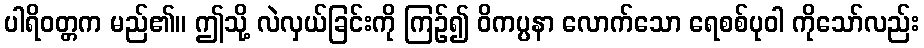
ပါရိဝတ္တက မည်၏။ ဤသို့ လဲလှယ်ခြင်းကို ကြဉ်၍ ဝိကပ္ပနာ လောက်သော ရေစစ်ပုဝါ ကိုသော်လည်း